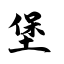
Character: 堡